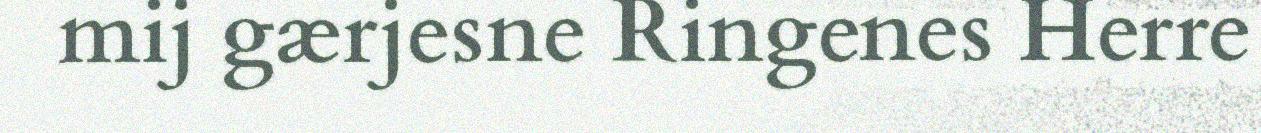
mij gærjesne Ringenes Herre